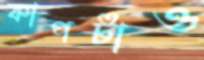
কাপটাও